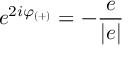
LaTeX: e ^ { 2 i \varphi _ { ( + ) } } = - \frac { e } { | e | }